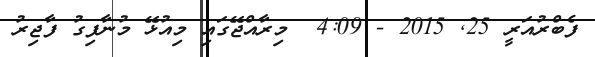
ފެބްރުއަރީ 25